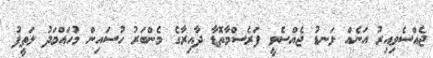
ޖެއްސެވިއިރު އަނެއް ލަނޑު ޖެއްސެވީ ފަރެސްމާތޮޑާ ދާއިރާގެ މެންބަރު ހުސައިން މުހައްމަދު ލަތީފު